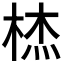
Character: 𭪞